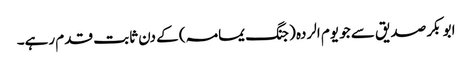
ابو بکر صدیق سے جو یوم الردہ (جنگ یمامہ) کے دن ثابت قدم رہے۔